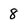
Character: 8